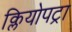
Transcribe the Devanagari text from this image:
क्लियोपट्रा